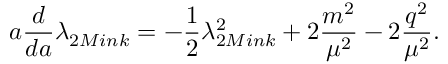
a \frac { d } { d a } \lambda _ { 2 M i n k } = - \frac { 1 } { 2 } \lambda _ { 2 M i n k } ^ { 2 } + 2 \frac { m ^ { 2 } } { \mu ^ { 2 } } - 2 \frac { q ^ { 2 } } { \mu ^ { 2 } } .